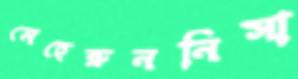
মেহেরুননিসা